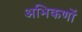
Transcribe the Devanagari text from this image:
अभिकणों